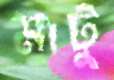
মাটু